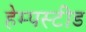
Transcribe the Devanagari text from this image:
हेम्पस्टीड